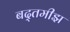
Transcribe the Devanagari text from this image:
बद्तमीझ